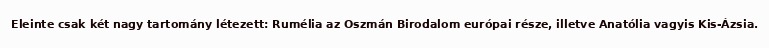
Eleinte csak két nagy tartomány létezett: Rumélia az Oszmán Birodalom európai része, illetve Anatólia vagyis Kis-Ázsia.